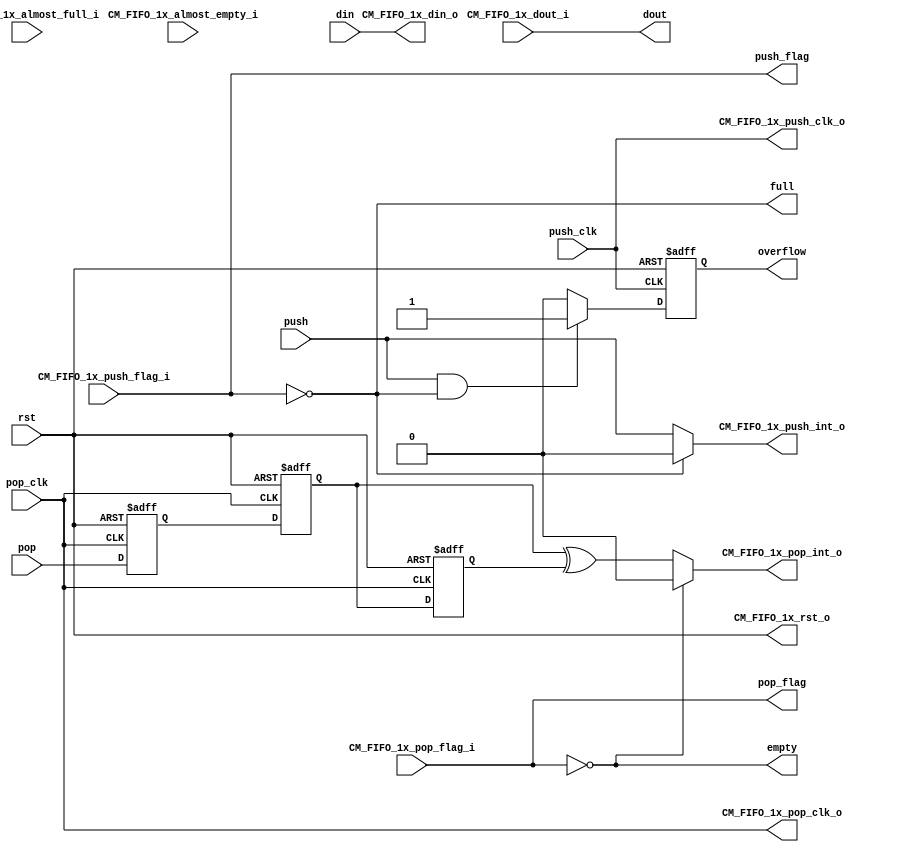
/*-------------------------------------------------------------------
CM_FIFO_1x
	Communication Manager (CM) FIFO, using 1 RAM block.
	18-bit write port (512 deep), 9-bit read port (1024 deep).
	
	The LSB on the write port will be the first byte to appear on
	the read port.
	
	Valid data appears on the output data port without first
	having to do a pop.
	
	Over-run and under-run protection are both implemented:
	reads when empty will be ignored and provide invalid data,
	writes when full will be ignored.

-------------------------------------------------------------------*/


`timescale 1ns / 10ps

module CM_FIFO_1x (
	rst,

	push_clk,
	push,
	din,
	full,
	push_flag,
	overflow,

	pop_clk,
	pop,
	dout,
	empty,
	pop_flag,
	
	CM_FIFO_1x_din_o			,		
	CM_FIFO_1x_push_int_o		,
	CM_FIFO_1x_pop_int_o		,
	CM_FIFO_1x_push_clk_o		,
	CM_FIFO_1x_pop_clk_o		,
	CM_FIFO_1x_rst_o			,
	                           
	CM_FIFO_1x_almost_full_i	,
	CM_FIFO_1x_almost_empty_i	,
	CM_FIFO_1x_push_flag_i		,
	CM_FIFO_1x_pop_flag_i		,
	CM_FIFO_1x_dout_i			
	
	
);

input			rst;

input			push_clk;
input			push;
input	[17:0]	din;
output			full;
output	[3:0]	push_flag;
output			overflow;

input			pop_clk;
input			pop;
output	[8:0]	dout;
output			empty;
output	[3:0]	pop_flag;

output 	[17:0]	CM_FIFO_1x_din_o			;
output 			CM_FIFO_1x_push_int_o		;
output 			CM_FIFO_1x_pop_int_o		;
output 			CM_FIFO_1x_push_clk_o		;
output 			CM_FIFO_1x_pop_clk_o		;
output 			CM_FIFO_1x_rst_o			;

input 			CM_FIFO_1x_almost_full_i	;
input 			CM_FIFO_1x_almost_empty_i	;
input 	[3:0]	CM_FIFO_1x_push_flag_i		;
input 	[3:0]	CM_FIFO_1x_pop_flag_i		;
input 	[8:0]	CM_FIFO_1x_dout_i			;



reg				overflow;


wire			push_int;
wire			pop_int;
reg				pop_r1, pop_r2, pop_r3;


// over-run/under-run protection
assign push_int = full ? 1'b0 : push;

// changed to match the current S2 functionality
//assign pop_int = empty ? 1'b0 : pop;
assign pop_int = empty ? 1'b0 : (pop_r2 ^ pop_r3);


assign CM_FIFO_1x_din_o 		= din;
assign CM_FIFO_1x_push_int_o 	= push_int;
assign CM_FIFO_1x_pop_int_o 	= pop_int;
assign CM_FIFO_1x_push_clk_o 	= push_clk;
assign CM_FIFO_1x_pop_clk_o 	= pop_clk;
assign CM_FIFO_1x_rst_o 		= rst;
assign almost_full 				= CM_FIFO_1x_almost_full_i;
assign almost_empty 			= CM_FIFO_1x_almost_empty_i;
assign push_flag 				= CM_FIFO_1x_push_flag_i;
assign pop_flag 				= CM_FIFO_1x_pop_flag_i;
assign dout 					= CM_FIFO_1x_dout_i;




assign full = (push_flag == 4'h0);
assign empty = (pop_flag == 4'h0);


// overflow detection
always @(posedge push_clk or posedge rst)
	if (rst)
		overflow <= 0;
	else
		if (push && full)
			overflow <= 1;
		else
			overflow <= 0;

/// Synchronize SPI FIFO Read to SPI CLock due to delay
always @(posedge pop_clk or posedge rst)
	if (rst) begin
		pop_r1 <= 1'b0;
		pop_r2 <= 1'b0;
		pop_r3 <= 1'b0;
	end
	else begin
		pop_r1 <= pop;
		pop_r2 <= pop_r1;
		pop_r3 <= pop_r2;
	end


endmodule